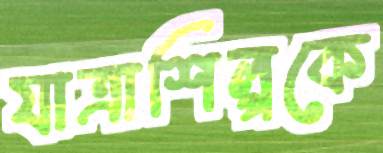
যাত্রাশিল্পকে